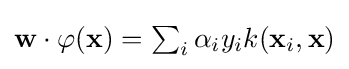
{\textstyle \mathbf {w} \cdot \varphi (\mathbf {x} )=\sum _{i}\alpha _{i}y_{i}k(\mathbf {x} _{i},\mathbf {x} )}